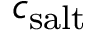
c _ { \mathrm { s a l t } }